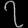
Digit: ၇